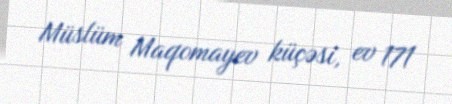
Müslüm Maqomayev küçəsi, ev 171